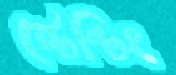
স্টেন্টিং